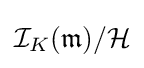
{\mathcal {I}}_{K}({\mathfrak {m}})/{\mathcal {H}}